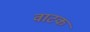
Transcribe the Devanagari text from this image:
वाटक